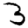
Digit: 3